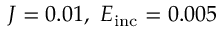
J = 0 . 0 1 , \, \, E _ { \mathrm { i n c } } = 0 . 0 0 5